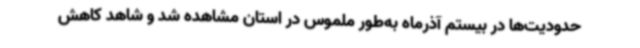
حدودیت‌ها در بیستم آذرماه به‌طور ملموس در استان مشاهده شد و شاهد کاهش